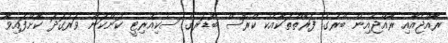
ރާއްޖެއާއި ރާއްޖެއިން ބޭރުގެ ފަރާތްތަކާއެކު ކްރޮސް ބޯޑަރގެ ސެކިއުރިޓީ ކަންކަން ވަރުގަދަ ކޮށްފައިވާ